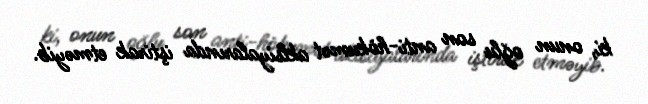
ki, onun oğlu son anti-hökumət aklsiyalarında iştirak etməyib.